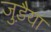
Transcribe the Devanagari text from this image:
जुड़ैया